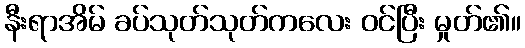
နီးရာအိမ် ခပ်သုတ်သုတ်ကလေး ဝင်ပြီး မှုတ်၏။